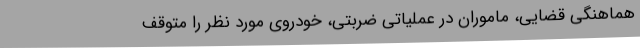
هماهنگی قضایی، ماموران در عملیاتی ضربتی، خودروی مورد نظر را متوقف